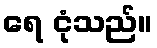
ရေ ငုံသည်။